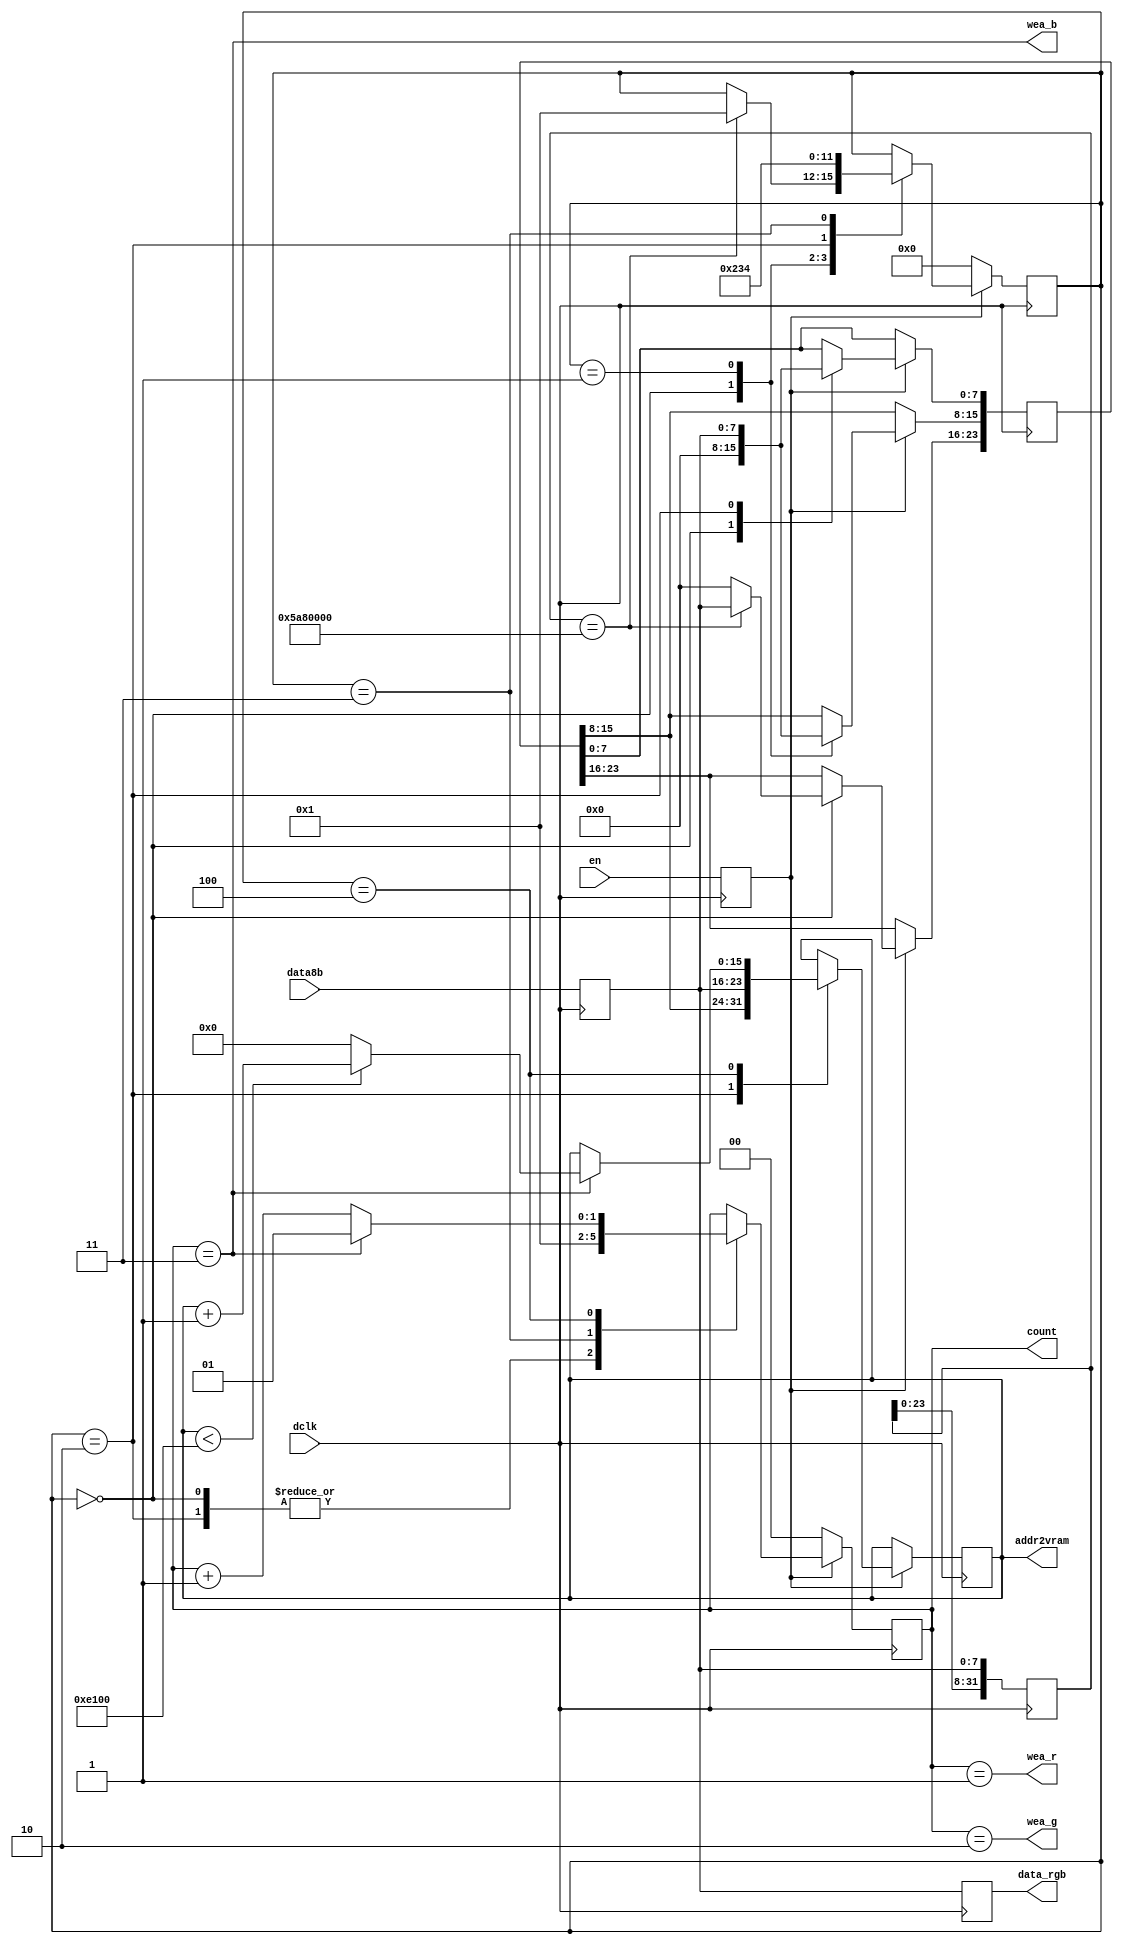
`timescale 1ns / 1ps


module cnv8to24(
    //input wire clk, // pck
    input wire [7:0] data8b,
    input wire en,
    //input wire [20:0] startaddr8b,
    input wire dclk,
    
    output reg [15:0] addr2vram = 0,
    output reg [1:0] count = 0,
    output reg [7:0] data_rgb,//data_r=0,data_g=0,data_b=0,
    output wire wea_r,wea_g,wea_b
);
localparam max_addr = 57600;

reg [23:0] startaddr;
reg [7:0] data8b_reg;
reg en_reg;
reg [1:0] count_before;
reg [31:0] detect;
wire detect_on = (detect == 32'h05a80000);
reg [3:0] state;
localparam state_wait = 0;
localparam state_addr2=1;
localparam state_addr3=2;
localparam state_gotaddr=3;
localparam state_datain=4;

assign wea_r = (count==1);
assign wea_g = (count==2);
assign wea_b = (count==3);

wire [15:0] next_addr2vram = (addr2vram < max_addr) ? addr2vram + 1'b1 : 0;
always @(posedge dclk) begin
// edge alignment
	data8b_reg <= data8b;
	data_rgb <= data8b_reg;
	en_reg <= en;
	detect <= {detect[23:0],data8b_reg};


	if (en_reg) begin
		case (state)
			state_wait: begin
			count <= 0;
			startaddr <= 0;
				if (detect_on) begin
					startaddr[23:16] <= data8b_reg;
					state <= state_addr2;
				end
			end

			state_addr2: begin
				startaddr[15:8] <= data8b_reg;
				state <= state_addr3;
			end

			state_addr3: begin
				startaddr[7:0] <= data8b_reg;
				addr2vram <= {startaddr[15:8],data8b_reg};
				state <= state_gotaddr;
				count <= 0;
				count_before <= 0;
			end
			state_gotaddr: begin
				count_before <= count;
				count <= 1;
				state <= state_datain;
			end
			state_datain: begin
				count_before <= count;
				if (count == 3) begin
					addr2vram <= next_addr2vram;
					count <= 1;
				end
				else begin
					count <= count + 1'b1;
				end
			end
		endcase		
	end
	else begin
		state <= state_wait;
		count <= 0;
	end

end

endmodule